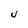
Character: U